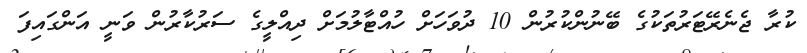
ކުރާ ޖެނެރޭޓަރުތަކުގެ ބޭނުންކުރުން 10 ދުވަހަށް ހުއްޓާލުމަށް ދިއްލީގެ ސަރުކާރުން ވަނީ އަންގައިފަ